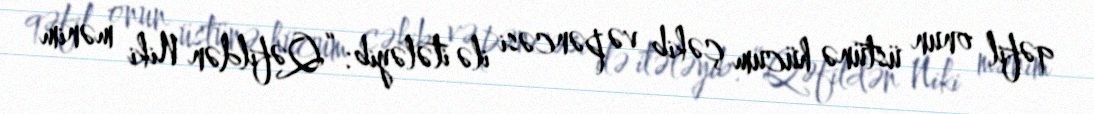
qəfil onun üstünə hücum çəkib və pəncəsi ilə itələyib: “Qəfildən Niki mənim